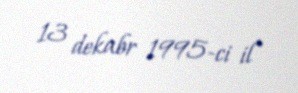
13 dekabr 1995-ci il